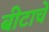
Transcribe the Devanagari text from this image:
बीटाचे